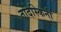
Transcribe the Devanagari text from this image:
तोदेस्किनी